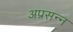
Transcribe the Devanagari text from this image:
अप्रसन्‍न